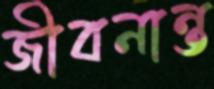
জীবনান্ত